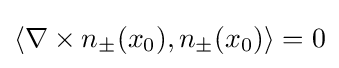
\langle \nabla \times n_{\pm }(x_{0}),n_{\pm }(x_{0})\rangle =0